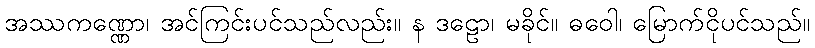
အဿကဏ္ဏော၊ အင်ကြင်းပင်သည်လည်း။ န ဒဠော၊ မခိုင်။ ဓဝေါ၊ မြောက်ငိုပင်သည်။